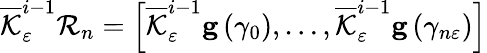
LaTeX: \overline{{\mathcal{K}}}_{\varepsilon}^{i-1}\mathcal{R}_{n}=\left[\overline{{\mathcal{K}}}_{\varepsilon}^{i-1}\mathbf{g}\left(\gamma_{0}\right),\ldots,\overline{{\mathcal{K}}}_{\varepsilon}^{i-1}\mathbf{g}\left(\gamma_{n\varepsilon}\right)\right]